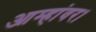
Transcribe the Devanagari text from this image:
आम्हांवर।